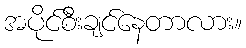
အပိုင်စီးချင်နေတာလား။